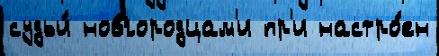
судьи́ новгородцам'и пр'и настро́ен